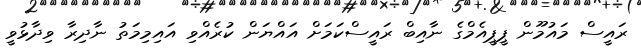
ރައީސް މައުމޫން ޕީޕީއެމްގެ ނާއިބް ރައީސްކަމަށް އައްޔަން ކުރެއްވި އައިމިމަތު ނާދިރާ ވިދާޅުވީ